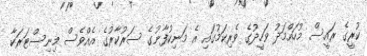
ކުރީގެ ރައީސް މުހައްމަދު ވަހީދުގެ ވެރިކަމުގައި އެ މަނިކުފާނުގެ ސަރުކާރުގެ އެއްވެސް މިނިސްޓަރަކާ